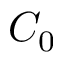
C _ { 0 }